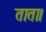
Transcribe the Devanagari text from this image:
ताता।